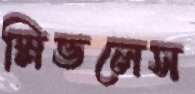
স্লিভলেস